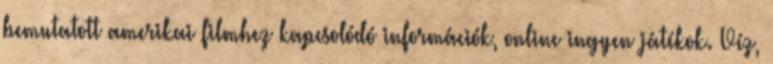
bemutatott amerikai filmhez kapcsolódó információk, online ingyen játékok. Víz,